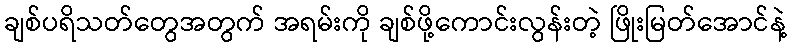
ချစ်ပရိသတ်တွေအတွက် အရမ်းကို ချစ်ဖို့ကောင်းလွန်းတဲ့ ဖြိုးမြတ်အောင်နဲ့